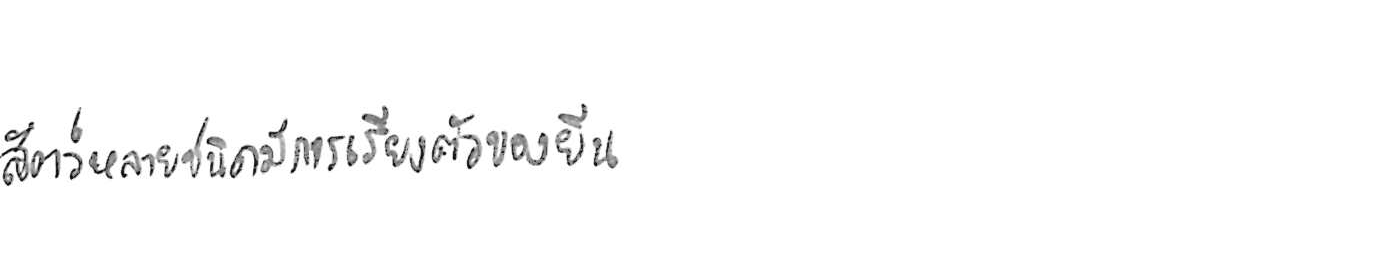
สัตว์หลายชนิดมีการเรียงตัวของยีน